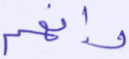
وإنهم